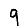
Digit: 9